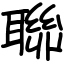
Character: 聯